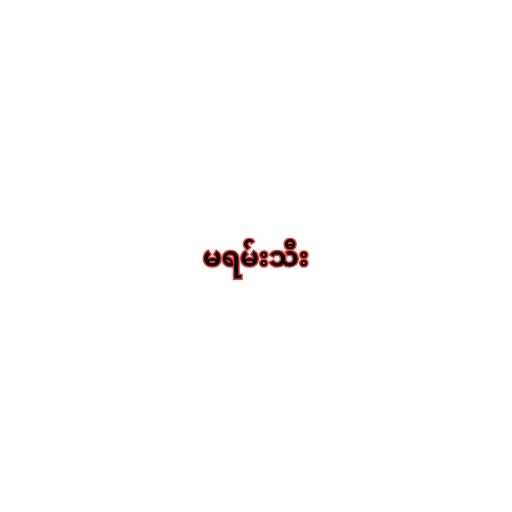
မရမ်းသီး